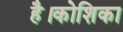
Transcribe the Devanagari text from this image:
है।कोशिका